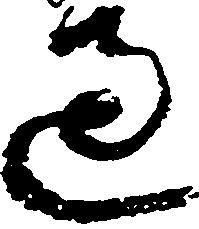
過